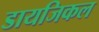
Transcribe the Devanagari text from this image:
डायजिकल